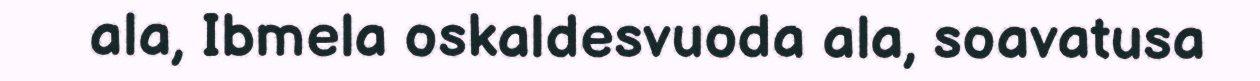
ala, Ibmela oskaldesvuoda ala, soavatusa